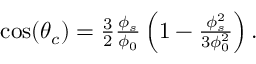
\begin{array} { r } { \cos ( \theta _ { c } ) = \frac { 3 } { 2 } \frac { \phi _ { s } } { \phi _ { 0 } } \left( 1 - \frac { \phi _ { s } ^ { 2 } } { 3 \phi _ { 0 } ^ { 2 } } \right) . } \end{array}